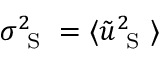
\sigma _ { \mathrm { ~ S ~ } } ^ { 2 } = \langle \tilde { u } _ { \mathrm { ~ S ~ } } ^ { 2 } \rangle